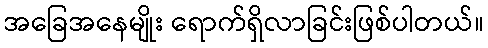
အခြေအနေမျိုး ရောက်ရှိလာခြင်းဖြစ်ပါတယ်။